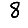
Digit: 8